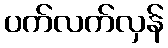
ပက်လက်လှန်